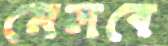
মেলবে